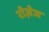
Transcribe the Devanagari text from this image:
रोज़ेज